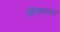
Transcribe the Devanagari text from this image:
बिंनधास्त